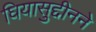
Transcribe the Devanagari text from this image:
घियासुद्दीनने